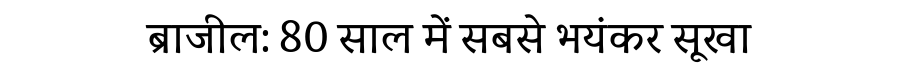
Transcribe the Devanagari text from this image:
ब्राजील: 80 साल में सबसे भयंकर सूखा